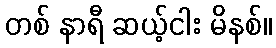
တစ် နာရီ ဆယ့်ငါး မိနစ်။